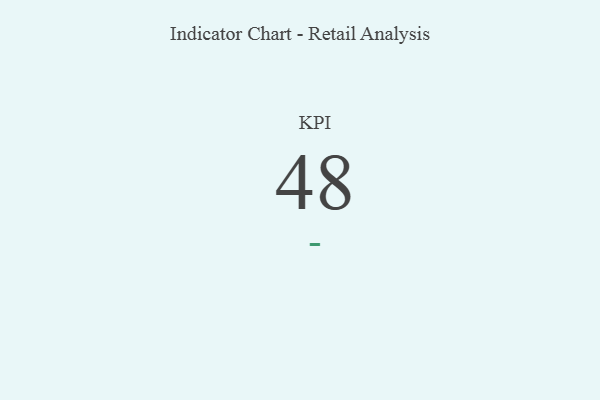
{"axis": {"x": "KPI", "y": "Value"}, "legend": [""], "data": [{"x": "KPI", "y": 48, "type": ""}]}